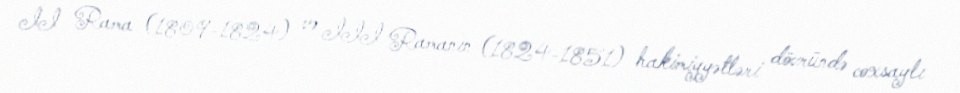
II Rama (1809-1824) və III Ramanın (1824-1851) hakimiyyətləri dövründə coxsaylı